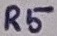
Text: R5